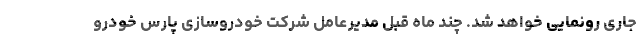
جاری رونمایی خواهد شد. چند ماه قبل مدیرعامل شرکت خودروسازی پارس خودرو